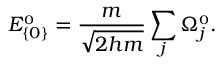
E _ { \{ 0 \} } ^ { \scriptscriptstyle 0 } = \frac { m } { \sqrt { 2 h m } } \sum _ { j } \Omega _ { j } ^ { \scriptscriptstyle 0 } .